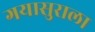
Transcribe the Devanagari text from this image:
गयासुराला